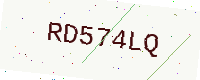
Text: RD574LQ